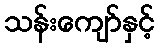
သန်းကျော်နှင့်